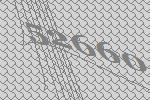
52660